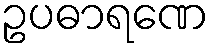
ဥပဓာရဏေ